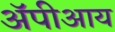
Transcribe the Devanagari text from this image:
ॲपीआय